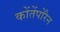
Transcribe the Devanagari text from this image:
कोंतेंपोरैन